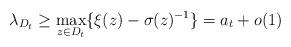
LaTeX: \begin{align*}\lambda_{D_t} \ge \max_{z \in D_t} \{ \xi(z) - \sigma(z)^{-1} \} = a_t + o(1)\end{align*}